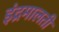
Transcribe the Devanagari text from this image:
इंद्रमालती